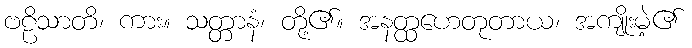
ဗဠိသာတိ၊ ကား။ သတ္တာနံ၊ တို့၏။ အနတ္ထဟေတုတာယ၊ အကျိုးမဲ့၏